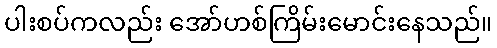
ပါးစပ်ကလည်း အော်ဟစ်ကြိမ်းမောင်းနေသည်။